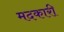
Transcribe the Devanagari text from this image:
मदकारी